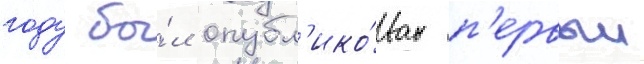
году бы́л опубл'ико́ван п'ервыи